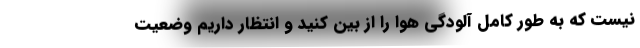
نیست که به طور کامل آلودگی هوا را از بین کنید و انتظار داریم وضعیت